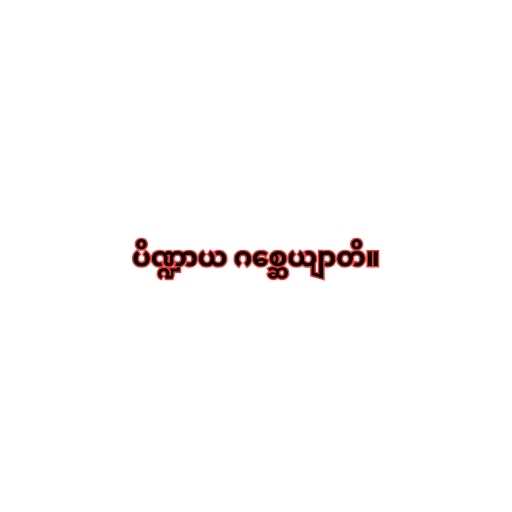
ပိဏ္ဍာယ ဂစ္ဆေယျာတိ။